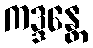
ကဒ္ဒန္တေ